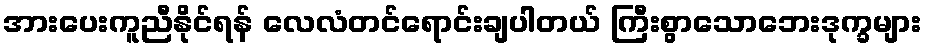
အားပေးကူညီနိုင်ရန် လေလံတင်ရောင်းချပါတယ် ကြီးစွာသောဘေးဒုက္ခများ